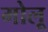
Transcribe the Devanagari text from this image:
मोलू